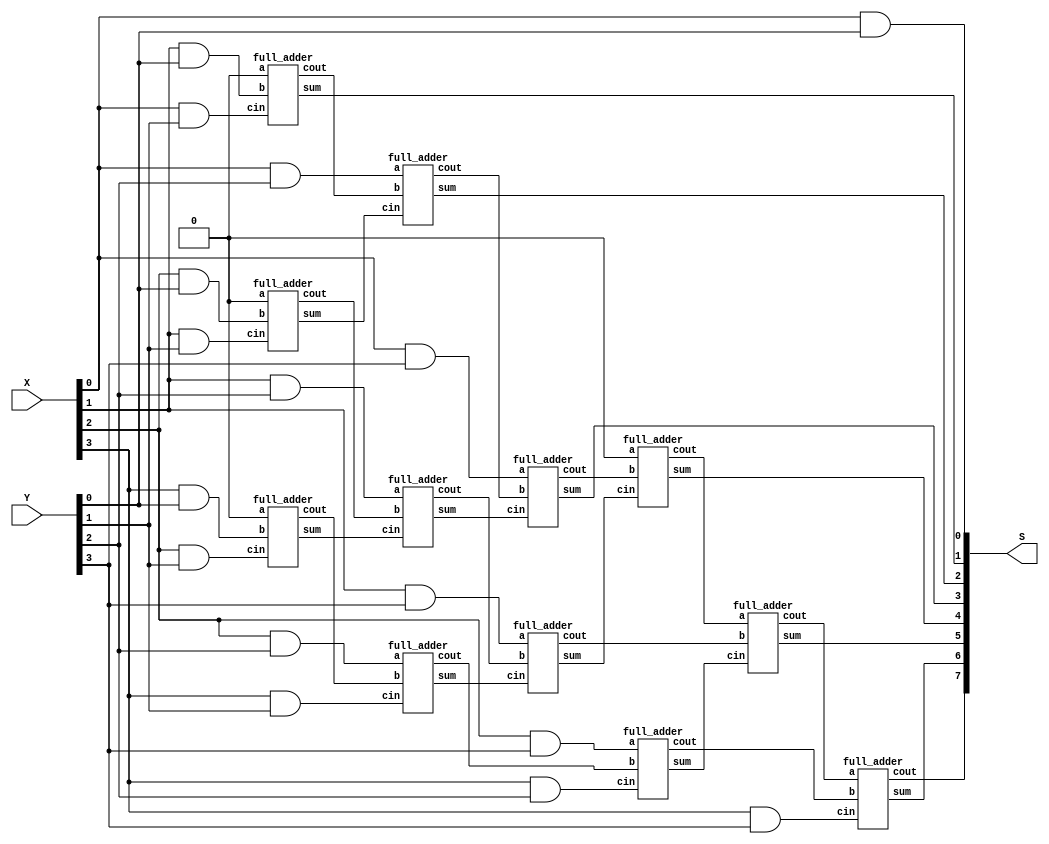

//=======================================================
//  This code is generated by Terasic System Builder
//=======================================================

module multiplier(X,Y,S);
input [3:0] X, Y;
output[7:0] S;

wire 	[3:0]   xy_1, xy_2, xy_3, xy_4;
wire	[2:0]	s_out_0,s_out_1,s_out_2,s_out_3;
wire	[2:0]	c_out_0,c_out_1,c_out_2,c_out_3;


and (xy_1[0],	X[0],	Y[0]);
and (xy_1[1],	X[1],	Y[0]);
and (xy_1[2],	X[2],	Y[0]);
and (xy_1[3],	X[3],	Y[0]);

and (xy_2[0],	X[0],	Y[1]);
and (xy_2[1],	X[1],	Y[1]);
and (xy_2[2],	X[2],	Y[1]);
and (xy_2[3],	X[3],	Y[1]);

and (xy_3[0],	X[0],	Y[2]);
and (xy_3[1],	X[1],	Y[2]);
and (xy_3[2],	X[2],	Y[2]);
and (xy_3[3],	X[3],	Y[2]);

and (xy_4[0],	X[0],	Y[3]);
and (xy_4[1],	X[1],	Y[3]);
and (xy_4[2],	X[2],	Y[3]);
and (xy_4[3],	X[3],	Y[3]);


//Row 1
full_adder fa_1 (1'b0, xy_1[1], xy_2[0],s_out_0[0], c_out_0[0]);
full_adder fa_2 (1'b0, xy_1[2], xy_2[1],s_out_0[1], c_out_0[1]);
full_adder fa_3 (1'b0, xy_1[3], xy_2[2],s_out_0[2], c_out_0[2]);

//Row 2
full_adder fa_4 (xy_3[0], c_out_0[0], s_out_0[1],	s_out_1[0], c_out_1[0]);
full_adder fa_5 (xy_3[1], c_out_0[1], s_out_0[2],	s_out_1[1], c_out_1[1]);
full_adder fa_6 (xy_3[2], c_out_0[2], xy_2[3],		s_out_1[2], c_out_1[2]);

//Row 3
full_adder fa_7 (xy_4[0], c_out_1[0], s_out_1[1],	s_out_2[0], c_out_2[0]);
full_adder fa_8 (xy_4[1], c_out_1[1], s_out_1[2],	s_out_2[1], c_out_2[1]);
full_adder fa_9 (xy_4[2], c_out_1[2], xy_3[3],		s_out_2[2], c_out_2[2]);

//Row 4
full_adder fa_10 (1'b0, 			c_out_2[0], s_out_2[1],	s_out_3[0], c_out_3[0]);
full_adder fa_11 (c_out_3[0], 	c_out_2[1], s_out_2[2],	s_out_3[1], c_out_3[1]);
full_adder fa_12 (c_out_3[1], 	c_out_2[2], xy_4[3],		s_out_3[2], c_out_3[2]);

assign S= {c_out_3[2] , s_out_3[2], s_out_3[1], s_out_3[0], s_out_2[0], s_out_1[0], s_out_0[0], xy_1[0]};

endmodule

//====================================================

module full_adder(a,b,cin,sum,cout);
input 	a,b,cin;
output 	sum,cout;
wire 		[2:0] temp;

assign temp[0] =a ^ b;
assign sum= temp[0] ^ cin;
assign cout= (temp[0] & cin)|(a&b);

endmodule